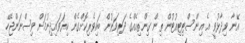
އޭނާ ވިދާޅުވީ އެ އިންސްޓިޓިއުޓުން ތިން ގިންތިއެއްގެ ދަރިވަރުން ބައިވެރިކޮށްގެން ކިޔަވައިދިނުމަށް ވިސްނަންޖެހޭ